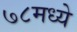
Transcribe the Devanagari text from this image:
७८मध्ये